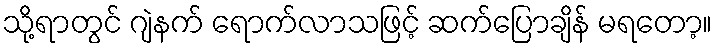
သို့ရာတွင် ဂျဲနက် ရောက်လာသဖြင့် ဆက်ပြောချိန် မရတော့။